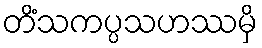
တိံသကပ္ပသဟဿမှိ